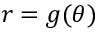
r = g ( \theta )